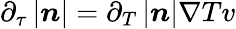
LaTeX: \partial_{\tau}\left|\boldsymbol{n}\right|=\partial_{T}\left|\boldsymbol{n}\right|\nabla Tv